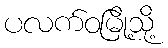
ပလက်ဝမြို့သို့